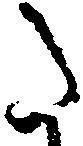
た